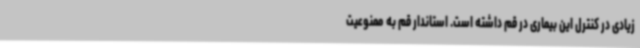
زیادی در کنترل این بیماری در قم داشته است. استاندار قم به ممنوعیت